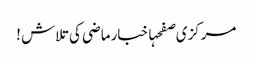
مرکزی صفحہاخبارماضی کی تلاش !